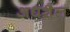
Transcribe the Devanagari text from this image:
अधशैल